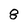
Character: 8